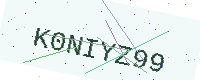
Text: K0NIYZ99